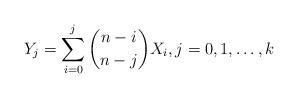
LaTeX: \begin{align*} Y_j &= \sum_{i=0}^j \binom{n-i}{n-j} X_i, j=0,1,\ldots,k \end{align*}